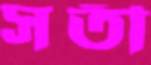
সতী